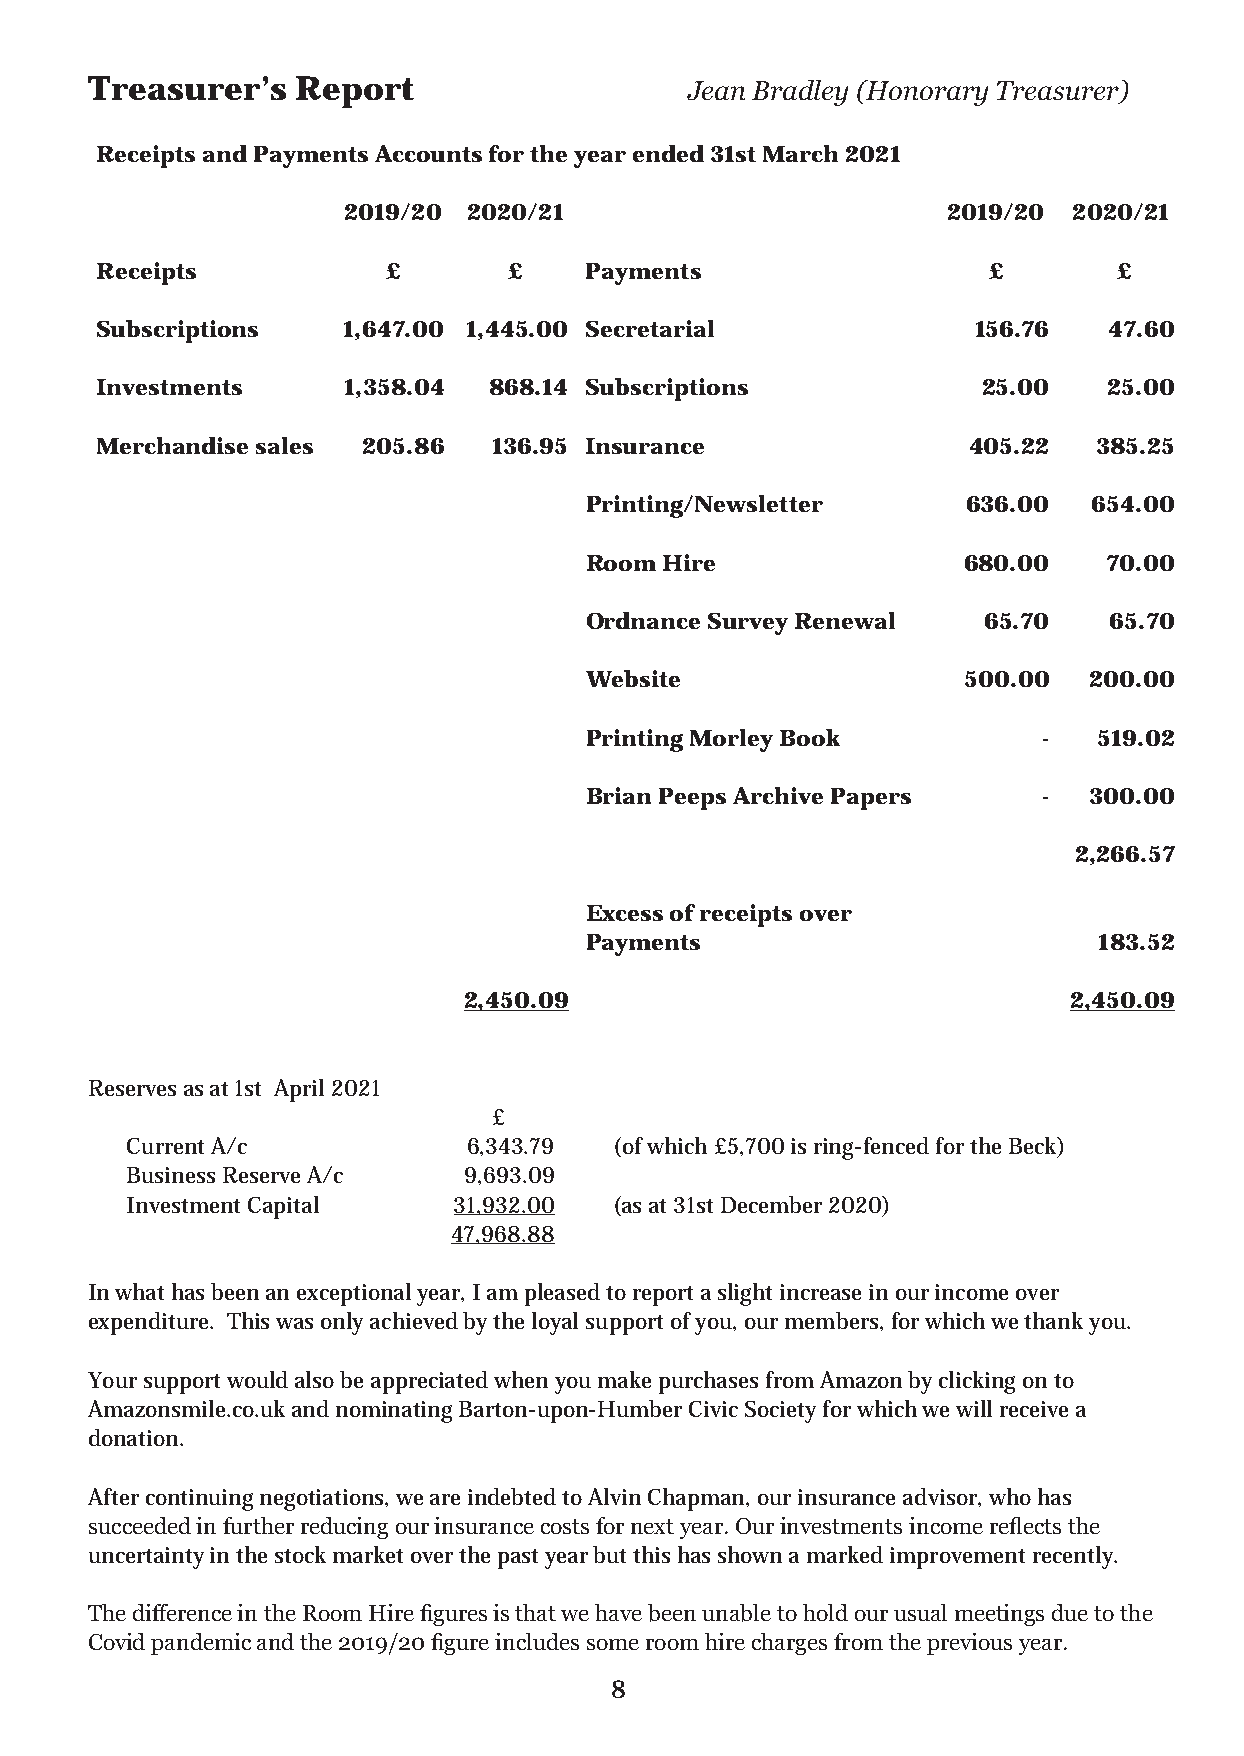
Treasurer’s  Report                    Jean Bradley (Honorary Treasurer)
 Receipts and Payments Accounts for the year ended 31st March 2021
 2019/20 2020/21                         2019/20 2020/21
 Receipts           £       £     Payments                  £        £
 Subscriptions    1,647.00 1,445.00 Secretarial            156.76   47.60
 Investments      1,358.04 868.14 Subscriptions             25.00   25.00
 Merchandise sales 205.86  136.95 Insurance                405.22  385.25
 Printing/Newsletter      636.00  654.00
 Room Hire                680.00   70.00
 Ordnance Survey Renewal   65.70   65.70
 Website                  500.00  200.00
 Printing Morley Book          -  519.02
 Brian Peeps Archive Papers    -  300.00
 2,266.57
 Excess of receipts over
 Payments                          183.52
 2,450.09                                2,450.09
 Reserves as at 1st April 2021
 £
 Current A/c            6,343.79 (of which £5,700 is ring-fenced for the Beck)
 Business Reserve A/c   9,693.09
 Investment Capital    31,932.00 (as at 31st December 2020)
 47,968.88
 In what has been an exceptional year, I am pleased to report a slight increase in our income over
 expenditure. This was only achieved by the loyal support of you, our members, for which we thank you.
 Your support would also be appreciated when you make purchases from Amazon by clicking on to
 Amazonsmile.co.uk and nominating Barton-upon-Humber Civic Society for which we will receive a
 donation.
 After continuing negotiations, we are indebted to Alvin Chapman, our insurance advisor, who has
 succeeded in further reducing our insurance costs for next year. Our investments income reflects the
 uncertainty in the stock market over the past year but this has shown a marked improvement recently.
 The difference in the Room Hire figures is that we have been unable to hold our usual meetings due to the
 Covid pandemic and the 2019/20 figure includes some room hire charges from the previous year.
 8
 mixam - Assets Server on 2021-06-21, 17:06 order: 623181
 ]mm0.792
 X
 mm0.012[
 fdp.degrem
 :eliF
 -
 kcaB
 8
 :teehS